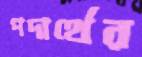
পদার্থের